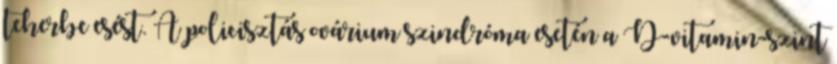
teherbe esést. A policisztás ovárium szindróma esetén a D-vitamin-szint